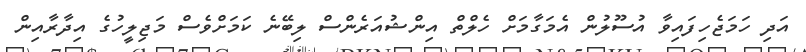
އަދި ހަމަޖެހިފައިވާ އުސޫލުން އެމަގާމަށް ހެލްތް އިންޝުއަރެންސް ލިބޭނެ ކަމަށްވެސް މަޖިލީހުގެ އިދާރާއިން